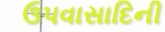
ઉપવાસાદિની